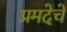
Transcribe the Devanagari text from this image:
प्रमदेचे